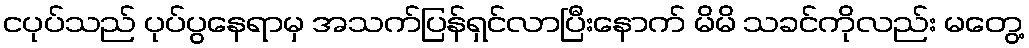
ငပုပ်သည် ပုပ်ပွနေရာမှ အသက်ပြန်ရှင်လာပြီးနောက် မိမိ သခင်ကိုလည်း မတွေ့